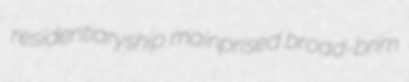
residentiaryship mainprised broad-brim